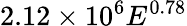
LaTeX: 2.12\times 10^{6}E^{0.78}